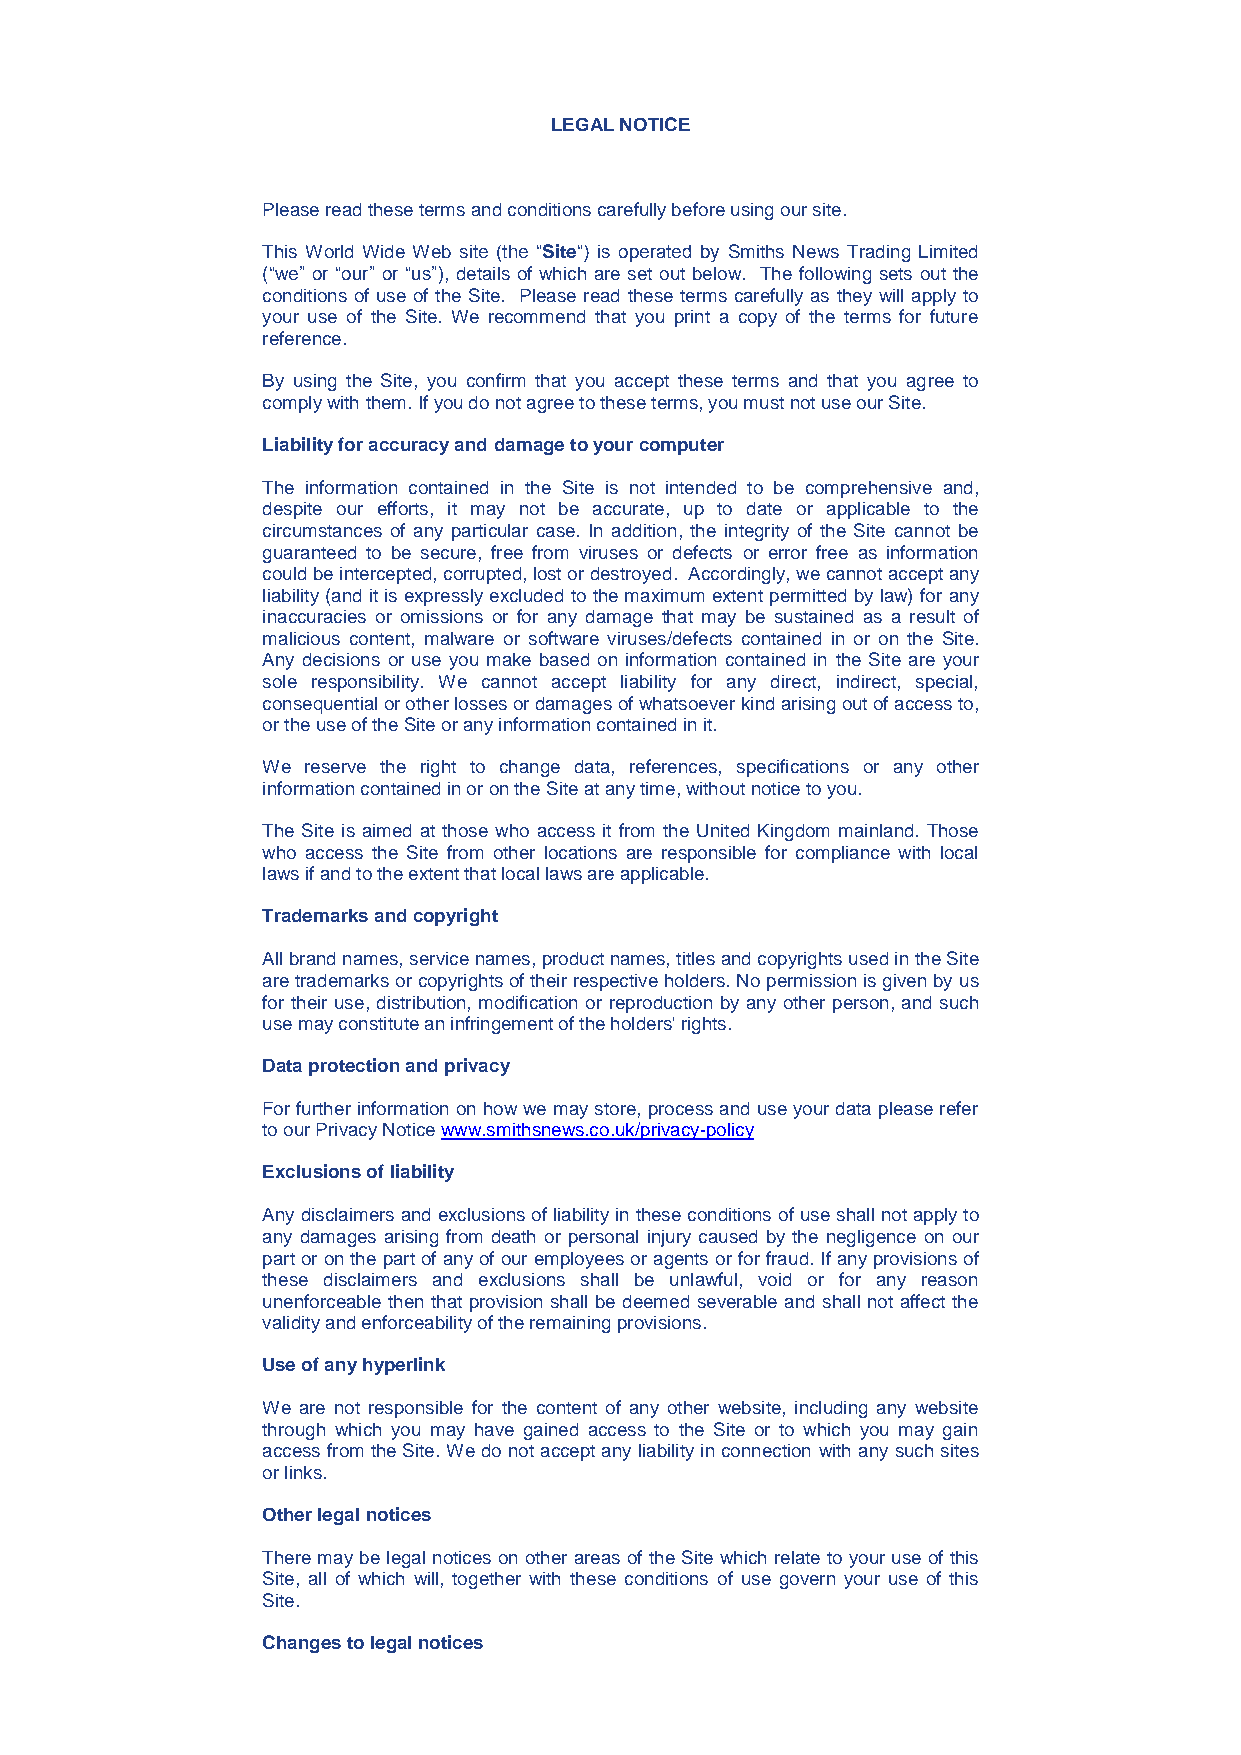
LEGAL NOTICE
 Please read these terms and conditions carefully before using our site.
 This World Wide Web site (the “Site“) is operated by Smiths News Trading Limited
 (“we” or “our” or “us”), details of which are set out below. The following sets out the
 conditions of use of the Site. Please read these terms carefully as they will apply to
 your use of the Site. We recommend that you print a copy of the terms for future
 reference.
 By using the Site, you confirm that you accept these terms and that you agree to
 comply with them. If you do not agree to these terms, you must not use our Site.
 Liability for accuracy and damage to your computer
 The information contained in the Site is not intended to be comprehensive and,
 despite our efforts, it may not be accurate, up to date or applicable to the
 circumstances of any particular case. In addition, the integrity of the Site cannot be
 guaranteed to be secure, free from viruses or defects or error free as information
 could be intercepted, corrupted, lost or destroyed. Accordingly, we cannot accept any
 liability (and it is expressly excluded to the maximum extent permitted by law) for any
 inaccuracies or omissions or for any damage that may be sustained as a result of
 malicious content, malware or software viruses/defects contained in or on the Site.
 Any decisions or use you make based on information contained in the Site are your
 sole responsibility. We cannot accept liability for any direct, indirect, special,
 consequential or other losses or damages of whatsoever kind arising out of access to,
 or the use of the Site or any information contained in it.
 We reserve the right to change data, references, specifications or any other
 information contained in or on the Site at any time, without notice to you.
 The Site is aimed at those who access it from the United Kingdom mainland. Those
 who access the Site from other locations are responsible for compliance with local
 laws if and to the extent that local laws are applicable.
 Trademarks and copyright
 All brand names, service names, product names, titles and copyrights used in the Site
 are trademarks or copyrights of their respective holders. No permission is given by us
 for their use, distribution, modification or reproduction by any other person, and such
 use may constitute an infringement of the holders' rights.
 Data protection and privacy
 For further information on how we may store, process and use your data please refer
 to our Privacy Notice www.smithsnews.co.uk/privacy-policy
 Exclusions of liability
 Any disclaimers and exclusions of liability in these conditions of use shall not apply to
 any damages arising from death or personal injury caused by the negligence on our
 part or on the part of any of our employees or agents or for fraud. If any provisions of
 these disclaimers and exclusions shall be unlawful, void or for any reason
 unenforceable then that provision shall be deemed severable and shall not affect the
 validity and enforceability of the remaining provisions.
 Use of any hyperlink
 We are not responsible for the content of any other website, including any website
 through which you may have gained access to the Site or to which you may gain
 access from the Site. We do not accept any liability in connection with any such sites
 or links.
 Other legal notices
 There may be legal notices on other areas of the Site which relate to your use of this
 Site, all of which will, together with these conditions of use govern your use of this
 Site.
 Changes to legal notices